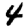
Digit: 4